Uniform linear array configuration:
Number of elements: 48
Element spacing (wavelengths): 1
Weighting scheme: hann
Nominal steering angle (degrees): -45
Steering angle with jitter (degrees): -44.023
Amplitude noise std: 0.05
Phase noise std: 0.05

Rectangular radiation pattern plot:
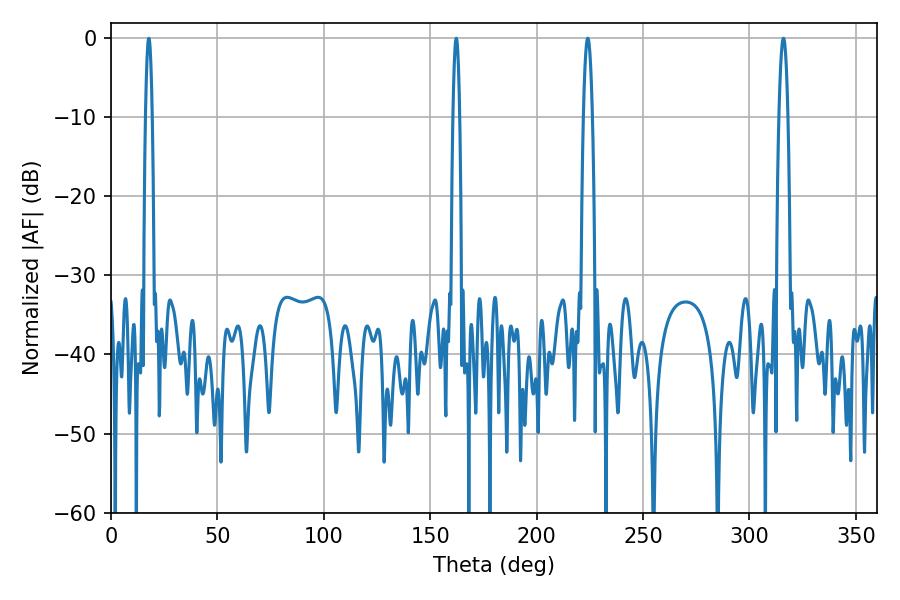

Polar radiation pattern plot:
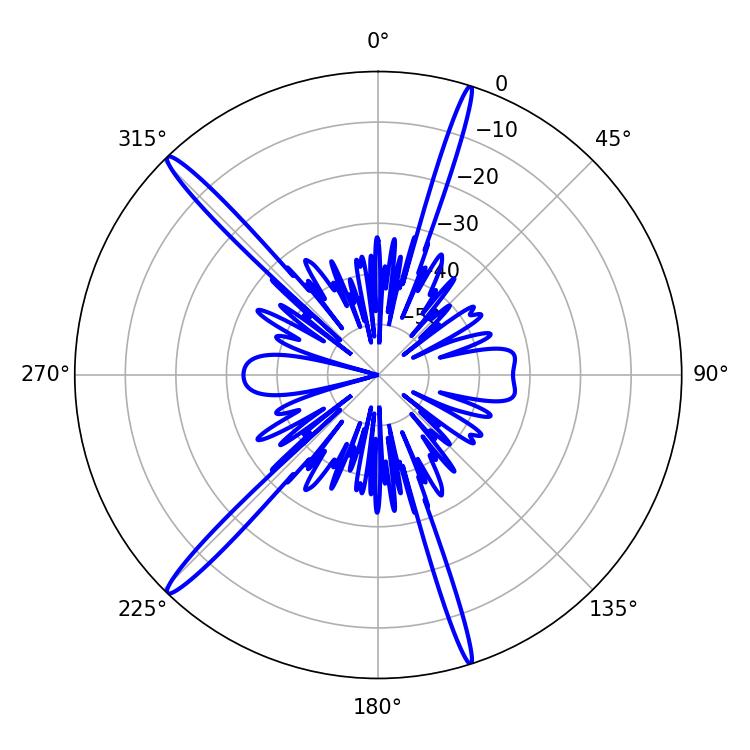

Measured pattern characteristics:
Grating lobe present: TRUE
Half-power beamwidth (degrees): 2.34
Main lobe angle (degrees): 224.1